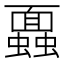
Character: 蠠